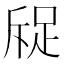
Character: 䟟